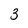
Character: 3